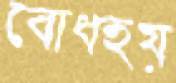
বোধহয়